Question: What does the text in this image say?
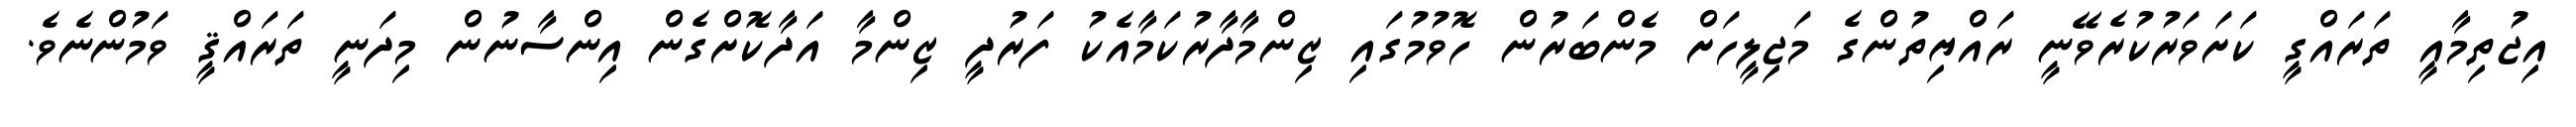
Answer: އިޖުތިމާއީ ތަރައްގީ ކަށަވަރުކުރެވޭނީ ރައްޔިތުންގެ މަޖިލީހަށް މެންބަރުން ހޮވުމުގައި ޒިންމާދާރުކަމާއެކު ފަރުދީ ޒިންމާ އަދާކޮށްގެން އިންސާނުން މިދަނީ ތަރައްޤީ ވަމުންނެވެ.